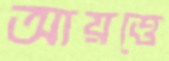
আয়ত্তে